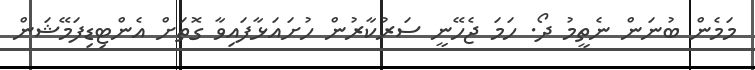
މަމެން ބުނަން ނެތީމު ދޯ. ހަމަ ޖެހޭނީ ސަރުކާރުން ހުށައަޅާފައިވާ ގޮތަށް އެންޓިޑިފަމޭޝަން